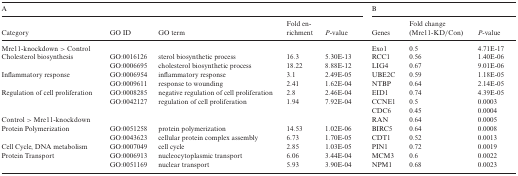
<table><thead><tr><td colspan="5"><b>A</b></td><td colspan="3"><b>B</b></td></tr><tr><td><b>Category</b></td><td><b>GO ID</b></td><td><b>GO term</b></td><td><b>Fold enrichment</b></td><td><b><i>P</i>-value</b></td><td><b>Genes</b></td><td><b>Fold change (Mre11-KD/Con)</b></td><td><b><i>P</i>-value</b></td></tr></thead><tbody><tr><td>Mre11-knockdown &gt; Control</td><td></td><td></td><td></td><td></td><td>Exo1</td><td>0.5</td><td>4.71E-17</td></tr><tr><td>Cholesterol biosynthesis</td><td>GO:0016126</td><td>sterol biosynthetic process</td><td>16.3</td><td>5.30E-13</td><td>RCC1</td><td>0.56</td><td>1.40E-06</td></tr><tr><td></td><td>GO:0006695</td><td>cholesterol biosynthetic process</td><td>18.22</td><td>8.88E-12</td><td>LIG4</td><td>0.67</td><td>9.01E-06</td></tr><tr><td>Inflammatory response</td><td>GO:0006954</td><td>inflammatory response</td><td>3.1</td><td>2.49E-05</td><td>UBE2C</td><td>0.59</td><td>1.18E-05</td></tr><tr><td></td><td>GO:0009611</td><td>response to wounding</td><td>2.41</td><td>1.62E-04</td><td>NTBP</td><td>0.64</td><td>2.14E-05</td></tr><tr><td>Regulation of cell proliferation</td><td>GO:0008285</td><td>negative regulation of cell proliferation</td><td>2.8</td><td>2.46E-04</td><td>EID1</td><td>0.74</td><td>4.39E-05</td></tr><tr><td></td><td>GO:0042127</td><td>regulation of cell proliferation</td><td>1.94</td><td>7.92E-04</td><td>CCNE1</td><td>0.5</td><td>0.0003</td></tr><tr><td></td><td></td><td></td><td></td><td></td><td>CDC6</td><td>0.45</td><td>0.0004</td></tr><tr><td>Control &gt; Mre11-knockdown</td><td></td><td></td><td></td><td></td><td>RAN</td><td>0.64</td><td>0.0005</td></tr><tr><td>Protein Polymerization</td><td>GO:0051258</td><td>protein polymerization</td><td>14.53</td><td>1.02E-06</td><td>BIRC5</td><td>0.64</td><td>0.0008</td></tr><tr><td></td><td>GO:0043623</td><td>cellular protein complex assembly</td><td>6.73</td><td>1.70E-05</td><td>CDT1</td><td>0.52</td><td>0.0013</td></tr><tr><td>Cell Cycle, DNA metabolism</td><td>GO:0007049</td><td>cell cycle</td><td>2.85</td><td>1.03E-05</td><td>PIN1</td><td>0.72</td><td>0.0019</td></tr><tr><td>Protein Transport</td><td>GO:0006913</td><td>nucleocytoplasmic transport</td><td>6.06</td><td>3.44E-04</td><td>MCM3</td><td>0.6</td><td>0.0022</td></tr><tr><td></td><td>GO:0051169</td><td>nuclear transport</td><td>5.93</td><td>3.90E-04</td><td>NPM1</td><td>0.68</td><td>0.0023</td></tr></tbody></table>